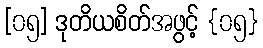
[၀၅] ဒုတိယစိတ်အဖွင့် {၀၅}